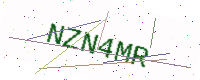
Text: NZN4MR